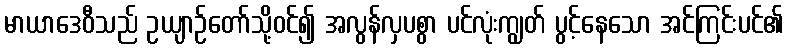
မာယာဒေဝီသည် ဥယျာဉ်တော်သို့ဝင်၍ အလွန်လှပစွာ ပင်လုံးကျွတ် ပွင့်နေသော အင်ကြင်းပင်၏